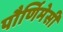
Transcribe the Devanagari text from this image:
पौर्णिमेसी